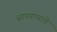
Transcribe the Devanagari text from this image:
सापडण्याचे